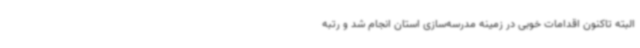
البته تاکنون اقدامات خوبی در زمینه مدرسه‌سازی استان انجام شد و رتبه